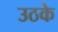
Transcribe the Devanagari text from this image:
उठके